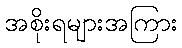
အစိုးရများအကြား